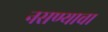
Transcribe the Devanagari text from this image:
नसण्याचा